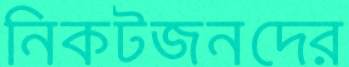
নিকটজনদের